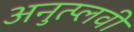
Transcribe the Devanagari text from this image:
अनुत्प्लवी